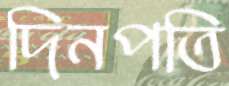
দিনপতি